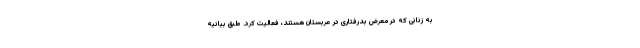
به زنانی که در معرض بدرفتاری در عربستان هستند، فعالیت کرد. طبق بیانیه